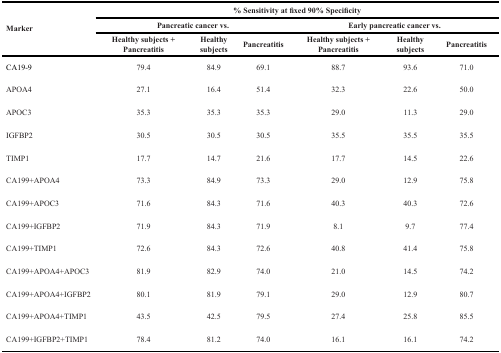
<table><thead><tr><td rowspan="3"><b>Marker</b></td><td colspan="6"><b>% Sensitivity at fixed 90% Specificity</b></td></tr><tr><td colspan="3"><b>Pancreatic cancer vs.</b></td><td colspan="3"><b>Early pancreatic cancer vs.</b></td></tr><tr><td><b>Healthy subjects + Pancreatitis</b></td><td><b>Healthy subjects</b></td><td><b>Pancreatitis</b></td><td><b>Healthy subjects + Pancreatitis</b></td><td><b>Healthy subjects</b></td><td><b>Pancreatitis</b></td></tr></thead><tbody><tr><td>CA19-9</td><td>79.4</td><td>84.9</td><td>69.1</td><td>88.7</td><td>93.6</td><td>71.0</td></tr><tr><td>APOA4</td><td>27.1</td><td>16.4</td><td>51.4</td><td>32.3</td><td>22.6</td><td>50.0</td></tr><tr><td>APOC3</td><td>35.3</td><td>35.3</td><td>35.3</td><td>29.0</td><td>11.3</td><td>29.0</td></tr><tr><td>IGFBP2</td><td>30.5</td><td>30.5</td><td>30.5</td><td>35.5</td><td>35.5</td><td>35.5</td></tr><tr><td>TIMP1</td><td>17.7</td><td>14.7</td><td>21.6</td><td>17.7</td><td>14.5</td><td>22.6</td></tr><tr><td>CA199+APOA4</td><td>73.3</td><td>84.9</td><td>73.3</td><td>29.0</td><td>12.9</td><td>75.8</td></tr><tr><td>CA199+APOC3</td><td>71.6</td><td>84.3</td><td>71.6</td><td>40.3</td><td>40.3</td><td>72.6</td></tr><tr><td>CA199+IGFBP2</td><td>71.9</td><td>84.3</td><td>71.9</td><td>8.1</td><td>9.7</td><td>77.4</td></tr><tr><td>CA199+TIMP1</td><td>72.6</td><td>84.3</td><td>72.6</td><td>40.8</td><td>41.4</td><td>75.8</td></tr><tr><td>CA199+APOA4+APOC3</td><td>81.9</td><td>82.9</td><td>74.0</td><td>21.0</td><td>14.5</td><td>74.2</td></tr><tr><td>CA199+APOA4+IGFBP2</td><td>80.1</td><td>81.9</td><td>79.1</td><td>29.0</td><td>12.9</td><td>80.7</td></tr><tr><td>CA199+APOA4+TIMP1</td><td>43.5</td><td>42.5</td><td>79.5</td><td>27.4</td><td>25.8</td><td>85.5</td></tr><tr><td>CA199+IGFBP2+TIMP1</td><td>78.4</td><td>81.2</td><td>74.0</td><td>16.1</td><td>16.1</td><td>74.2</td></tr></tbody></table>